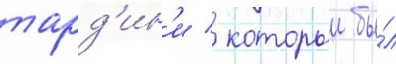
тард'ин'и / которыи бы́л